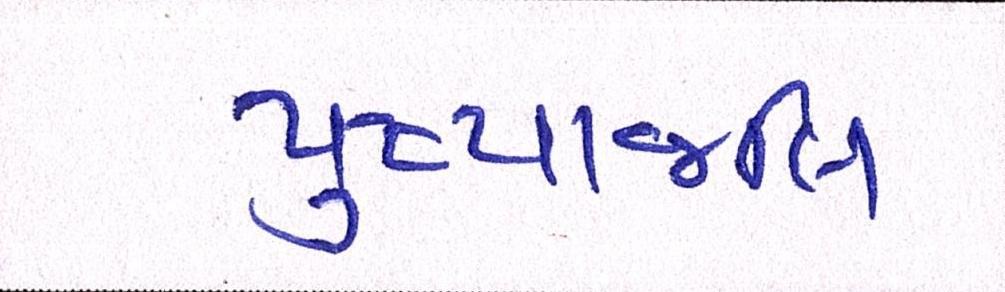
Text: પુંષ્પાજલિ